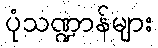
ပုံသဏ္ဍာန်များ